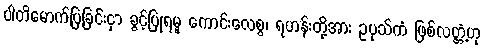
ပါတိမောက်ပြခြင်းငှာ ခွင့်ပြုရမူ ကောင်းလေစွ၊ ရဟန်းတို့အား ဥပုသ်ကံ ဖြစ်လတ္တံ့ဟု